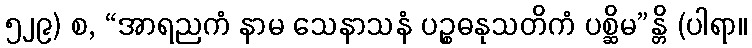
၅၂၉) စ, “အာရညကံ နာမ သေနာသနံ ပဉ္စဓနုသတိကံ ပစ္ဆိမ”န္တိ (ပါရာ။